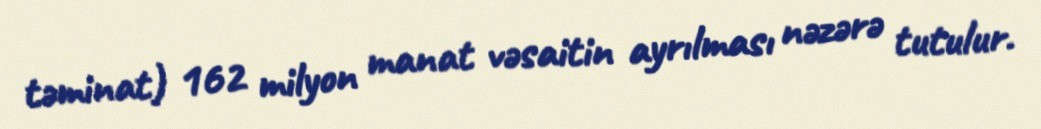
təminat) 162 milyon manat vəsaitin ayrılması nəzərə tutulur.